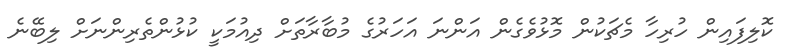
ކޮލިފައިން ހުރިހާ މެޗަކުން މޮޅުވެގެން އަންނަ އަހަރުގެ މުބާރާތަށް ދިއުމަކީ ކުޅުންތެރިންނަށް ލިބޭނެ